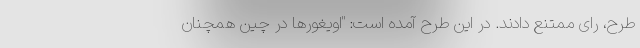
طرح، رای ممتنع دادند. در این طرح آمده است: "اویغورها در چین همچنان